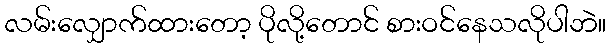
လမ်းလျှောက်ထားတော့ ပိုလို့တောင် စားဝင်နေသလိုပါဘဲ။